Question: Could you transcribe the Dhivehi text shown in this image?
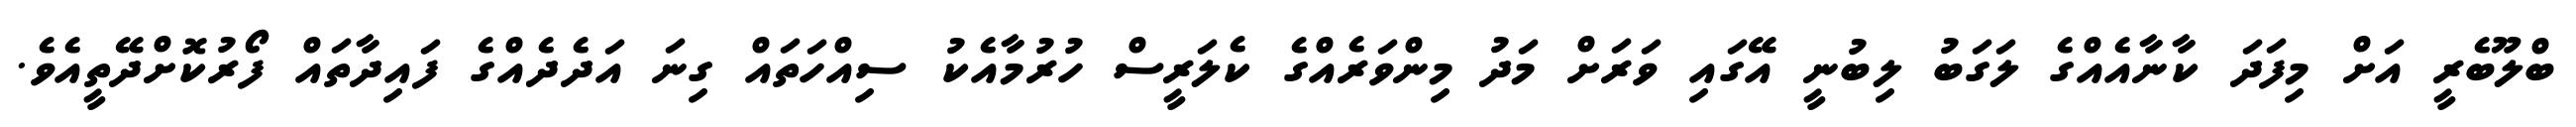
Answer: ބްލޫބެރީ އަށް މިފަދަ ކާނާއެއްގެ ލަގަބު ލިބުނީ އޭގައި ވަރަށް މަދު މިންވަރެއްގެ ކެލަރީސް ހުރުމާއެކު ސިއްހަތައް ގިނަ އަދެދެއްގެ ފައިދާތައް ފޯރުކޮށްދޭތީއެވެ.